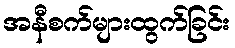
အနီစက်များထွက်ခြင်း